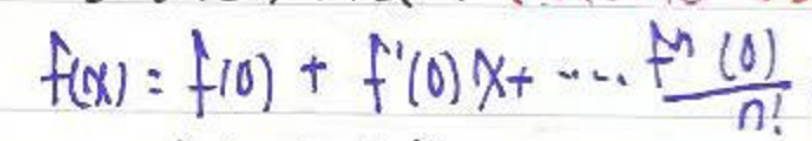
\(f(x)=f(0)+f'(0)x+\cdots+\frac{f^{(n)}(0)}{n!}\)